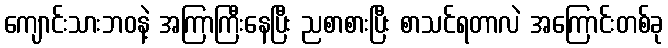
ကျောင်းသားဘဝနဲ့ အကြာကြီးနေပြီး ညစာစားပြီး စာသင်ရတာလဲ အကြောင်းတစ်ခု